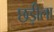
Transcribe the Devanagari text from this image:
छड़ीला